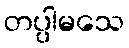
တပ္ပါမသေ